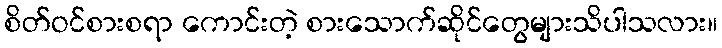
စိတ်ဝင်စားစရာ ကောင်းတဲ့ စားသောက်ဆိုင်တွေများသိပါသလား။